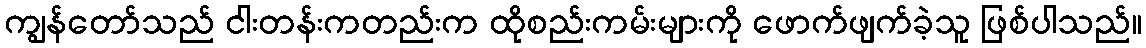
ကျွန်တော်သည် ငါးတန်းကတည်းက ထိုစည်းကမ်းများကို ဖောက်ဖျက်ခဲ့သူ ဖြစ်ပါသည်။